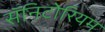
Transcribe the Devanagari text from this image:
सॅनिटोरियम